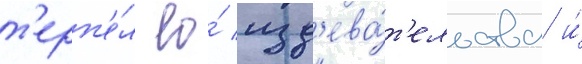
т'ерп'е́л ео́ изд'ева́т'ельства и́